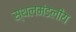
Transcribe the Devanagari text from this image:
स्थलमंडलीय